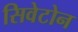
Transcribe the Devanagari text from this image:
सिवेटोन